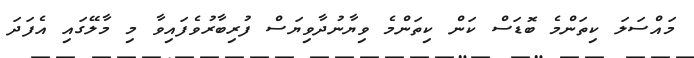
މައްސަލަ ކިތަންމެ ބޮޑަސް ކަން ކިތަންމެ ވިޔާނުދާވިޔަސް ފުރިބާރުވެފައިވާ މި މާލޭގައި އެފަދަ